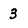
Character: 3